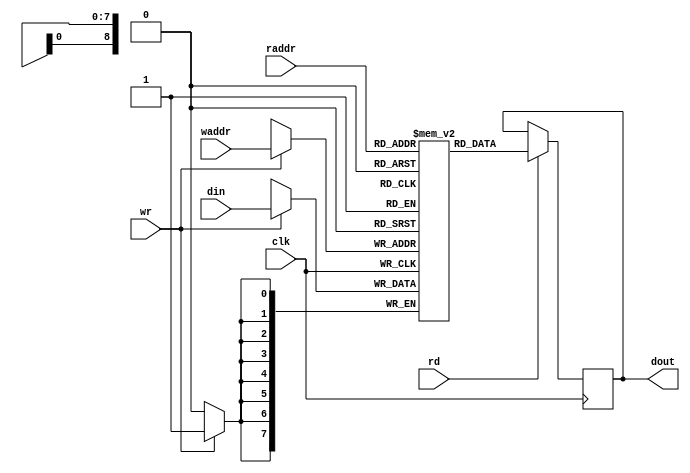

module strings(
    input               clk,
    input               rd,
    input       [8:0]   raddr,
    input               wr,
    input       [8:0]   waddr,
    input       [7:0]   din,
    output reg  [7:0]   dout
);

    reg [7:0] ram [511:0];

    always @(posedge clk) begin
        if (rd)
            dout <= ram[raddr];
        if (wr)
            ram[waddr] <= din;
    end

    initial begin
        ram[0] = 8'd13; // 
        ram[1] = 8'd10; // 

        ram[2] = 8'd0;
        ram[3] = 8'd72; // H
        ram[4] = 8'd101; // e
        ram[5] = 8'd108; // l
        ram[6] = 8'd108; // l
        ram[7] = 8'd111; // o
        ram[8] = 8'd32; //  
        ram[9] = 8'd119; // w
        ram[10] = 8'd111; // o
        ram[11] = 8'd114; // r
        ram[12] = 8'd108; // l
        ram[13] = 8'd100; // d
        ram[14] = 8'd33; // !
        ram[15] = 8'd0;
        ram[16] = 8'd126; // ~
        ram[17] = 8'd126; // ~
        ram[18] = 8'd126; // ~
        ram[19] = 8'd87; // W
        ram[20] = 8'd101; // e
        ram[21] = 8'd108; // l
        ram[22] = 8'd99; // c
        ram[23] = 8'd111; // o
        ram[24] = 8'd109; // m
        ram[25] = 8'd101; // e
        ram[26] = 8'd32; //  
        ram[27] = 8'd116; // t
        ram[28] = 8'd111; // o
        ram[29] = 8'd32; //  
        ram[30] = 8'd83; // S
        ram[31] = 8'd108; // l
        ram[32] = 8'd111; // o
        ram[33] = 8'd119; // w
        ram[34] = 8'd119; // w
        ram[35] = 8'd111; // o
        ram[36] = 8'd114; // r
        ram[37] = 8'd109; // m
        ram[38] = 8'd32; //  
        ram[39] = 8'd85; // U
        ram[40] = 8'd83; // S
        ram[41] = 8'd66; // B
        ram[42] = 8'd126; // ~
        ram[43] = 8'd126; // ~
        ram[44] = 8'd126; // ~
        ram[45] = 8'd0;
        ram[46] = 8'd87; // W
        ram[47] = 8'd97; // a
        ram[48] = 8'd105; // i
        ram[49] = 8'd116; // t
        ram[50] = 8'd105; // i
        ram[51] = 8'd110; // n
        ram[52] = 8'd103; // g
        ram[53] = 8'd32; //  
        ram[54] = 8'd102; // f
        ram[55] = 8'd111; // o
        ram[56] = 8'd114; // r
        ram[57] = 8'd32; //  
        ram[58] = 8'd112; // p
        ram[59] = 8'd108; // l
        ram[60] = 8'd117; // u
        ram[61] = 8'd103; // g
        ram[62] = 8'd32; //  
        ram[63] = 8'd101; // e
        ram[64] = 8'd118; // v
        ram[65] = 8'd101; // e
        ram[66] = 8'd110; // n
        ram[67] = 8'd116; // t
        ram[68] = 8'd46; // .
        ram[69] = 8'd46; // .
        ram[70] = 8'd46; // .
        ram[71] = 8'd0;
        ram[72] = 8'd70; // F
        ram[73] = 8'd117; // u
        ram[74] = 8'd108; // l
        ram[75] = 8'd108; // l
        ram[76] = 8'd45; // -
        ram[77] = 8'd115; // s
        ram[78] = 8'd112; // p
        ram[79] = 8'd101; // e
        ram[80] = 8'd101; // e
        ram[81] = 8'd100; // d
        ram[82] = 8'd32; //  
        ram[83] = 8'd100; // d
        ram[84] = 8'd101; // e
        ram[85] = 8'd118; // v
        ram[86] = 8'd105; // i
        ram[87] = 8'd99; // c
        ram[88] = 8'd101; // e
        ram[89] = 8'd32; //  
        ram[90] = 8'd100; // d
        ram[91] = 8'd101; // e
        ram[92] = 8'd116; // t
        ram[93] = 8'd101; // e
        ram[94] = 8'd99; // c
        ram[95] = 8'd116; // t
        ram[96] = 8'd101; // e
        ram[97] = 8'd100; // d
        ram[98] = 8'd33; // !
        ram[99] = 8'd0;
        ram[100] = 8'd76; // L
        ram[101] = 8'd111; // o
        ram[102] = 8'd119; // w
        ram[103] = 8'd45; // -
        ram[104] = 8'd115; // s
        ram[105] = 8'd112; // p
        ram[106] = 8'd101; // e
        ram[107] = 8'd101; // e
        ram[108] = 8'd100; // d
        ram[109] = 8'd32; //  
        ram[110] = 8'd100; // d
        ram[111] = 8'd101; // e
        ram[112] = 8'd118; // v
        ram[113] = 8'd105; // i
        ram[114] = 8'd99; // c
        ram[115] = 8'd101; // e
        ram[116] = 8'd32; //  
        ram[117] = 8'd100; // d
        ram[118] = 8'd101; // e
        ram[119] = 8'd116; // t
        ram[120] = 8'd101; // e
        ram[121] = 8'd99; // c
        ram[122] = 8'd116; // t
        ram[123] = 8'd101; // e
        ram[124] = 8'd100; // d
        ram[125] = 8'd33; // !
        ram[126] = 8'd0;
        ram[127] = 8'd0;
        ram[128] = 8'd0;
        ram[129] = 8'd0;
        ram[130] = 8'd0;
        ram[131] = 8'd0;
        ram[132] = 8'd0;
        ram[133] = 8'd0;
        ram[134] = 8'd0;
        ram[135] = 8'd0;
        ram[136] = 8'd0;
        ram[137] = 8'd0;
        ram[138] = 8'd0;
        ram[139] = 8'd0;
        ram[140] = 8'd0;
        ram[141] = 8'd0;
        ram[142] = 8'd0;
        ram[143] = 8'd0;
        ram[144] = 8'd0;
        ram[145] = 8'd0;
        ram[146] = 8'd0;
        ram[147] = 8'd0;
        ram[148] = 8'd0;
        ram[149] = 8'd0;
        ram[150] = 8'd0;
        ram[151] = 8'd0;
        ram[152] = 8'd0;
        ram[153] = 8'd0;
        ram[154] = 8'd0;
        ram[155] = 8'd0;
        ram[156] = 8'd0;
        ram[157] = 8'd0;
        ram[158] = 8'd0;
        ram[159] = 8'd0;
        ram[160] = 8'd0;
        ram[161] = 8'd0;
        ram[162] = 8'd0;
        ram[163] = 8'd0;
        ram[164] = 8'd0;
        ram[165] = 8'd0;
        ram[166] = 8'd0;
        ram[167] = 8'd0;
        ram[168] = 8'd0;
        ram[169] = 8'd0;
        ram[170] = 8'd0;
        ram[171] = 8'd0;
        ram[172] = 8'd0;
        ram[173] = 8'd0;
        ram[174] = 8'd0;
        ram[175] = 8'd0;
        ram[176] = 8'd0;
        ram[177] = 8'd0;
        ram[178] = 8'd0;
        ram[179] = 8'd0;
        ram[180] = 8'd0;
        ram[181] = 8'd0;
        ram[182] = 8'd0;
        ram[183] = 8'd0;
        ram[184] = 8'd0;
        ram[185] = 8'd0;
        ram[186] = 8'd0;
        ram[187] = 8'd0;
        ram[188] = 8'd0;
        ram[189] = 8'd0;
        ram[190] = 8'd0;
        ram[191] = 8'd0;
        ram[192] = 8'd0;
        ram[193] = 8'd0;
        ram[194] = 8'd0;
        ram[195] = 8'd0;
        ram[196] = 8'd0;
        ram[197] = 8'd0;
        ram[198] = 8'd0;
        ram[199] = 8'd0;
        ram[200] = 8'd0;
        ram[201] = 8'd0;
        ram[202] = 8'd0;
        ram[203] = 8'd0;
        ram[204] = 8'd0;
        ram[205] = 8'd0;
        ram[206] = 8'd0;
        ram[207] = 8'd0;
        ram[208] = 8'd0;
        ram[209] = 8'd0;
        ram[210] = 8'd0;
        ram[211] = 8'd0;
        ram[212] = 8'd0;
        ram[213] = 8'd0;
        ram[214] = 8'd0;
        ram[215] = 8'd0;
        ram[216] = 8'd0;
        ram[217] = 8'd0;
        ram[218] = 8'd0;
        ram[219] = 8'd0;
        ram[220] = 8'd0;
        ram[221] = 8'd0;
        ram[222] = 8'd0;
        ram[223] = 8'd0;
        ram[224] = 8'd0;
        ram[225] = 8'd0;
        ram[226] = 8'd0;
        ram[227] = 8'd0;
        ram[228] = 8'd0;
        ram[229] = 8'd0;
        ram[230] = 8'd0;
        ram[231] = 8'd0;
        ram[232] = 8'd0;
        ram[233] = 8'd0;
        ram[234] = 8'd0;
        ram[235] = 8'd0;
        ram[236] = 8'd0;
        ram[237] = 8'd0;
        ram[238] = 8'd0;
        ram[239] = 8'd0;
        ram[240] = 8'd0;
        ram[241] = 8'd0;
        ram[242] = 8'd0;
        ram[243] = 8'd0;
        ram[244] = 8'd0;
        ram[245] = 8'd0;
        ram[246] = 8'd0;
        ram[247] = 8'd0;
        ram[248] = 8'd0;
        ram[249] = 8'd0;
        ram[250] = 8'd0;
        ram[251] = 8'd0;
        ram[252] = 8'd0;
        ram[253] = 8'd0;
        ram[254] = 8'd0;
        ram[255] = 8'd0;
        ram[256] = 8'd0;
        ram[257] = 8'd0;
        ram[258] = 8'd0;
        ram[259] = 8'd0;
        ram[260] = 8'd0;
        ram[261] = 8'd0;
        ram[262] = 8'd0;
        ram[263] = 8'd0;
        ram[264] = 8'd0;
        ram[265] = 8'd0;
        ram[266] = 8'd0;
        ram[267] = 8'd0;
        ram[268] = 8'd0;
        ram[269] = 8'd0;
        ram[270] = 8'd0;
        ram[271] = 8'd0;
        ram[272] = 8'd0;
        ram[273] = 8'd0;
        ram[274] = 8'd0;
        ram[275] = 8'd0;
        ram[276] = 8'd0;
        ram[277] = 8'd0;
        ram[278] = 8'd0;
        ram[279] = 8'd0;
        ram[280] = 8'd0;
        ram[281] = 8'd0;
        ram[282] = 8'd0;
        ram[283] = 8'd0;
        ram[284] = 8'd0;
        ram[285] = 8'd0;
        ram[286] = 8'd0;
        ram[287] = 8'd0;
        ram[288] = 8'd0;
        ram[289] = 8'd0;
        ram[290] = 8'd0;
        ram[291] = 8'd0;
        ram[292] = 8'd0;
        ram[293] = 8'd0;
        ram[294] = 8'd0;
        ram[295] = 8'd0;
        ram[296] = 8'd0;
        ram[297] = 8'd0;
        ram[298] = 8'd0;
        ram[299] = 8'd0;
        ram[300] = 8'd0;
        ram[301] = 8'd0;
        ram[302] = 8'd0;
        ram[303] = 8'd0;
        ram[304] = 8'd0;
        ram[305] = 8'd0;
        ram[306] = 8'd0;
        ram[307] = 8'd0;
        ram[308] = 8'd0;
        ram[309] = 8'd0;
        ram[310] = 8'd0;
        ram[311] = 8'd0;
        ram[312] = 8'd0;
        ram[313] = 8'd0;
        ram[314] = 8'd0;
        ram[315] = 8'd0;
        ram[316] = 8'd0;
        ram[317] = 8'd0;
        ram[318] = 8'd0;
        ram[319] = 8'd0;
        ram[320] = 8'd0;
        ram[321] = 8'd0;
        ram[322] = 8'd0;
        ram[323] = 8'd0;
        ram[324] = 8'd0;
        ram[325] = 8'd0;
        ram[326] = 8'd0;
        ram[327] = 8'd0;
        ram[328] = 8'd0;
        ram[329] = 8'd0;
        ram[330] = 8'd0;
        ram[331] = 8'd0;
        ram[332] = 8'd0;
        ram[333] = 8'd0;
        ram[334] = 8'd0;
        ram[335] = 8'd0;
        ram[336] = 8'd0;
        ram[337] = 8'd0;
        ram[338] = 8'd0;
        ram[339] = 8'd0;
        ram[340] = 8'd0;
        ram[341] = 8'd0;
        ram[342] = 8'd0;
        ram[343] = 8'd0;
        ram[344] = 8'd0;
        ram[345] = 8'd0;
        ram[346] = 8'd0;
        ram[347] = 8'd0;
        ram[348] = 8'd0;
        ram[349] = 8'd0;
        ram[350] = 8'd0;
        ram[351] = 8'd0;
        ram[352] = 8'd0;
        ram[353] = 8'd0;
        ram[354] = 8'd0;
        ram[355] = 8'd0;
        ram[356] = 8'd0;
        ram[357] = 8'd0;
        ram[358] = 8'd0;
        ram[359] = 8'd0;
        ram[360] = 8'd0;
        ram[361] = 8'd0;
        ram[362] = 8'd0;
        ram[363] = 8'd0;
        ram[364] = 8'd0;
        ram[365] = 8'd0;
        ram[366] = 8'd0;
        ram[367] = 8'd0;
        ram[368] = 8'd0;
        ram[369] = 8'd0;
        ram[370] = 8'd0;
        ram[371] = 8'd0;
        ram[372] = 8'd0;
        ram[373] = 8'd0;
        ram[374] = 8'd0;
        ram[375] = 8'd0;
        ram[376] = 8'd0;
        ram[377] = 8'd0;
        ram[378] = 8'd0;
        ram[379] = 8'd0;
        ram[380] = 8'd0;
        ram[381] = 8'd0;
        ram[382] = 8'd0;
        ram[383] = 8'd0;
        ram[384] = 8'd0;
        ram[385] = 8'd0;
        ram[386] = 8'd0;
        ram[387] = 8'd0;
        ram[388] = 8'd0;
        ram[389] = 8'd0;
        ram[390] = 8'd0;
        ram[391] = 8'd0;
        ram[392] = 8'd0;
        ram[393] = 8'd0;
        ram[394] = 8'd0;
        ram[395] = 8'd0;
        ram[396] = 8'd0;
        ram[397] = 8'd0;
        ram[398] = 8'd0;
        ram[399] = 8'd0;
        ram[400] = 8'd0;
        ram[401] = 8'd0;
        ram[402] = 8'd0;
        ram[403] = 8'd0;
        ram[404] = 8'd0;
        ram[405] = 8'd0;
        ram[406] = 8'd0;
        ram[407] = 8'd0;
        ram[408] = 8'd0;
        ram[409] = 8'd0;
        ram[410] = 8'd0;
        ram[411] = 8'd0;
        ram[412] = 8'd0;
        ram[413] = 8'd0;
        ram[414] = 8'd0;
        ram[415] = 8'd0;
        ram[416] = 8'd0;
        ram[417] = 8'd0;
        ram[418] = 8'd0;
        ram[419] = 8'd0;
        ram[420] = 8'd0;
        ram[421] = 8'd0;
        ram[422] = 8'd0;
        ram[423] = 8'd0;
        ram[424] = 8'd0;
        ram[425] = 8'd0;
        ram[426] = 8'd0;
        ram[427] = 8'd0;
        ram[428] = 8'd0;
        ram[429] = 8'd0;
        ram[430] = 8'd0;
        ram[431] = 8'd0;
        ram[432] = 8'd0;
        ram[433] = 8'd0;
        ram[434] = 8'd0;
        ram[435] = 8'd0;
        ram[436] = 8'd0;
        ram[437] = 8'd0;
        ram[438] = 8'd0;
        ram[439] = 8'd0;
        ram[440] = 8'd0;
        ram[441] = 8'd0;
        ram[442] = 8'd0;
        ram[443] = 8'd0;
        ram[444] = 8'd0;
        ram[445] = 8'd0;
        ram[446] = 8'd0;
        ram[447] = 8'd0;
        ram[448] = 8'd0;
        ram[449] = 8'd0;
        ram[450] = 8'd0;
        ram[451] = 8'd0;
        ram[452] = 8'd0;
        ram[453] = 8'd0;
        ram[454] = 8'd0;
        ram[455] = 8'd0;
        ram[456] = 8'd0;
        ram[457] = 8'd0;
        ram[458] = 8'd0;
        ram[459] = 8'd0;
        ram[460] = 8'd0;
        ram[461] = 8'd0;
        ram[462] = 8'd0;
        ram[463] = 8'd0;
        ram[464] = 8'd0;
        ram[465] = 8'd0;
        ram[466] = 8'd0;
        ram[467] = 8'd0;
        ram[468] = 8'd0;
        ram[469] = 8'd0;
        ram[470] = 8'd0;
        ram[471] = 8'd0;
        ram[472] = 8'd0;
        ram[473] = 8'd0;
        ram[474] = 8'd0;
        ram[475] = 8'd0;
        ram[476] = 8'd0;
        ram[477] = 8'd0;
        ram[478] = 8'd0;
        ram[479] = 8'd0;
        ram[480] = 8'd0;
        ram[481] = 8'd0;
        ram[482] = 8'd0;
        ram[483] = 8'd0;
        ram[484] = 8'd0;
        ram[485] = 8'd0;
        ram[486] = 8'd0;
        ram[487] = 8'd0;
        ram[488] = 8'd0;
        ram[489] = 8'd0;
        ram[490] = 8'd0;
        ram[491] = 8'd0;
        ram[492] = 8'd0;
        ram[493] = 8'd0;
        ram[494] = 8'd0;
        ram[495] = 8'd0;
        ram[496] = 8'd0;
        ram[497] = 8'd0;
        ram[498] = 8'd0;
        ram[499] = 8'd0;
        ram[500] = 8'd0;
        ram[501] = 8'd0;
        ram[502] = 8'd0;
        ram[503] = 8'd0;
        ram[504] = 8'd0;
        ram[505] = 8'd0;
        ram[506] = 8'd0;
        ram[507] = 8'd0;
        ram[508] = 8'd0;
        ram[509] = 8'd0;
        ram[510] = 8'd0;
        ram[511] = 8'd0;
    end
endmodule